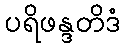
ပရိဖန္ဒတိဒံ